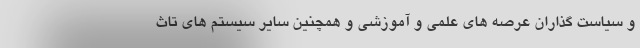
و سیاست گذاران عرصه های علمی و آموزشی و همچنین سایر سیستم های تاث